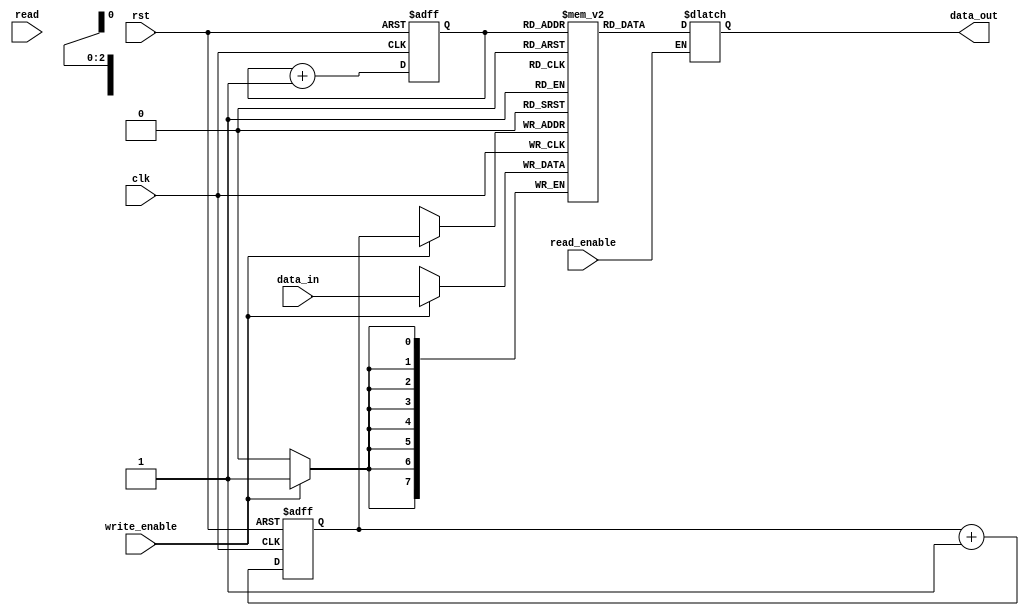
module edge_sensitive_fifo (
  input wire clk,
  input wire rst,
  input wire read,
  output reg [7:0] data_out,
  input wire [7:0] data_in,
  input wire read_enable,
  input wire write_enable
);
  reg [7:0] fifo [0:7];
  reg [2:0] read_ptr;
  reg [2:0] write_ptr;
  
  always @(posedge clk or negedge rst) begin
    if (!rst) begin
      read_ptr <= 3'b000;
      write_ptr <= 3'b000;
    end else begin
      read_ptr <= read_ptr + 1;
      write_ptr <= write_ptr + 1;
    end
  end
  
  always @(*) begin
    if (read_enable) begin
      data_out <= fifo[read_ptr];
    end
  end
  
  always @(posedge clk) begin
    if (write_enable) begin
      fifo[write_ptr] <= data_in;
    end
  end
endmodule